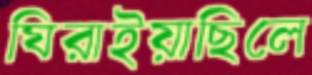
ঘিরাইয়াছিলে